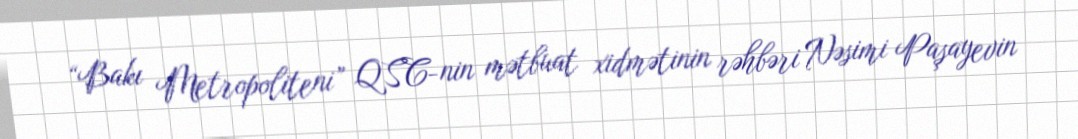
“Bakı Metropoliteni” QSC-nin mətbuat xidmətinin rəhbəri Nəsimi Paşayevin